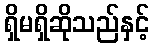
ရှိမရှိဆိုသည်နှင့်